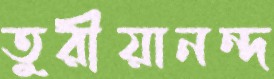
তুরীয়ানন্দ